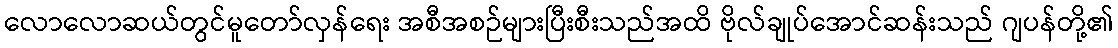
လောလောဆယ်တွင်မူတော်လှန်ရေး အစီအစဉ်များပြီးစီးသည်အထိ ဗိုလ်ချုပ်အောင်ဆန်းသည် ဂျပန်တို့၏